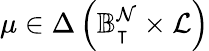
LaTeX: \mu\in\Delta\left(\mathbb{B}_{\intercal}^{\mathcal{N}}\times\mathcal{L}\right)